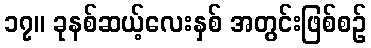
၁၇။ ခုနစ်ဆယ့်လေးနှစ် အတွင်းဖြစ်စဉ်